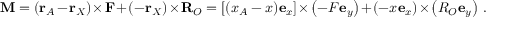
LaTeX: \mathbf { M } = ( \mathbf { r } _ { A } - \mathbf { r } _ { X } ) \times \mathbf { F } + ( - \mathbf { r } _ { X } ) \times \mathbf { R } _ { O } = \left[ ( x _ { A } - x ) \mathbf { e } _ { x } \right] \times \left( - F \mathbf { e } _ { y } \right) + \left( - x \mathbf { e } _ { x } \right) \times \left( R _ { O } \mathbf { e } _ { y } \right) \, .